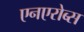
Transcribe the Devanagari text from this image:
एनएरोब्स